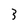
Character: 3